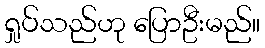
ရှုပ်သည်ဟု ပြောဦးမည်။